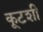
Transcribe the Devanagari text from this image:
कूटशी